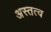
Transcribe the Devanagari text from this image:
अस्तत्व